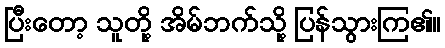
ပြီးတော့ သူတို့ အိမ်ဘက်သို့ ပြန်သွားကြ၏။